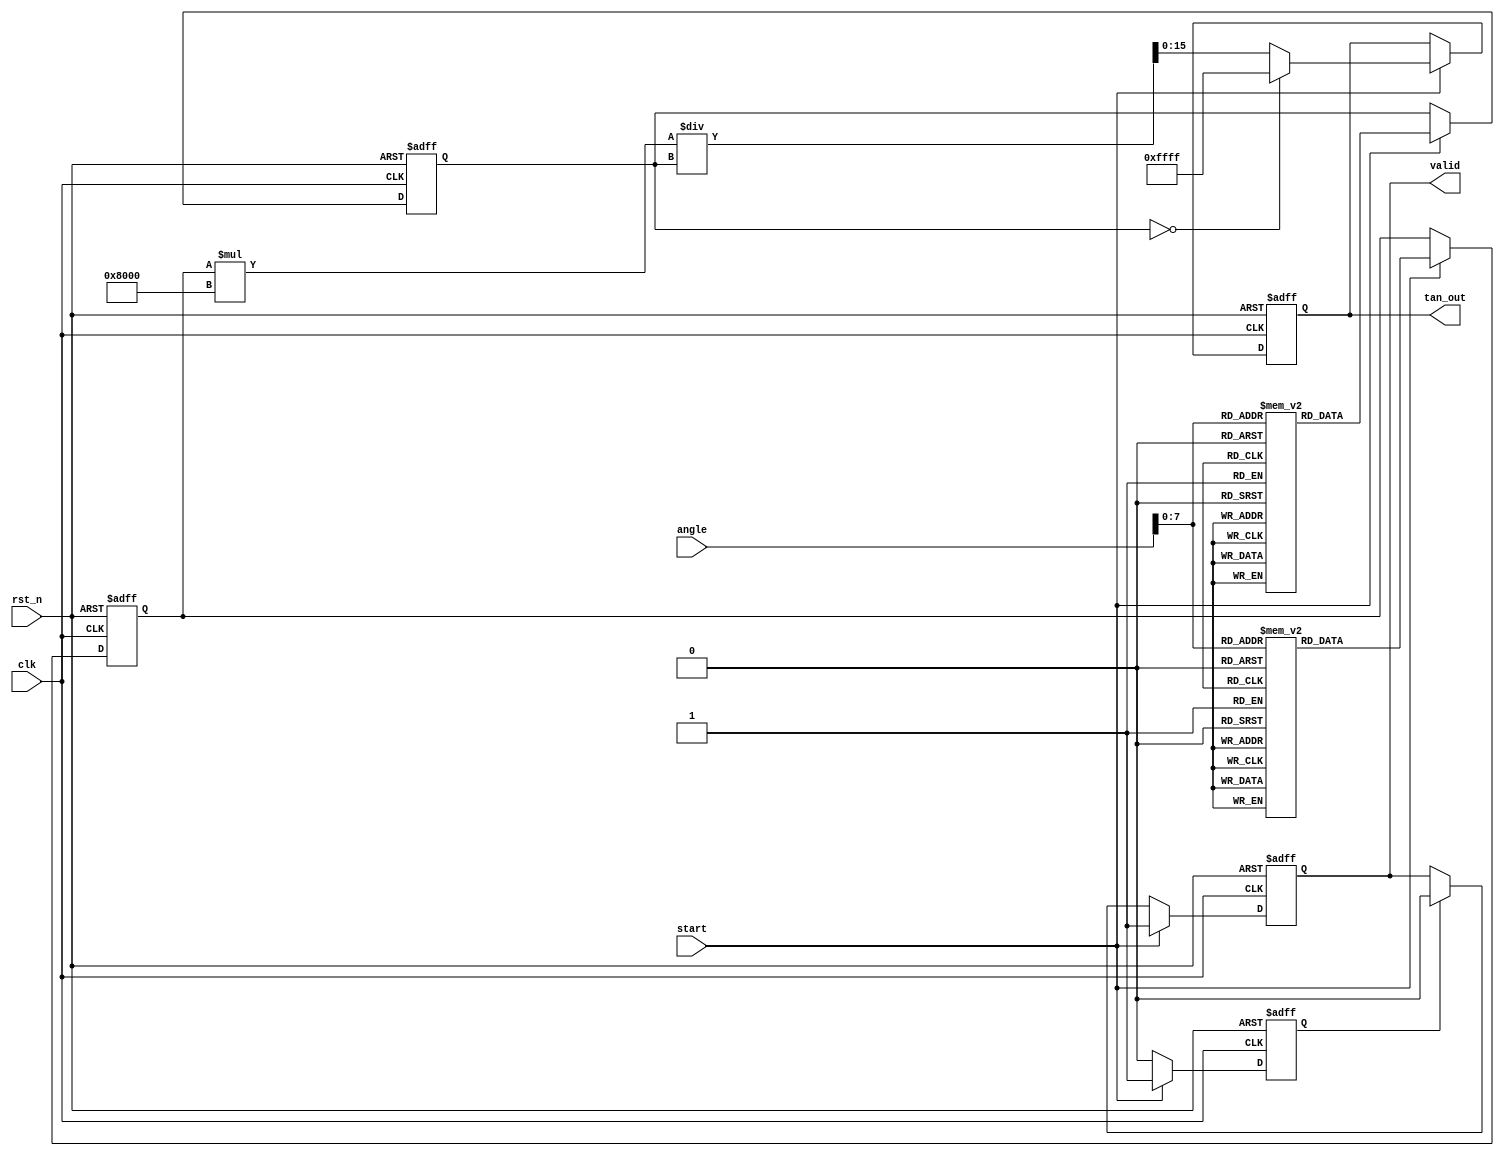
module tangent_block (
    input wire clk,
    input wire rst_n,
    input wire [15:0] angle, // Input angle in Q15 format
    input wire start,        // Signal to start computation
    output reg [15:0] tan_out, // Output tangent in Q15 format
    output reg valid         // Output valid flag
);

// Internal signals
reg [15:0] sine_value;
reg [15:0] cosine_value;
wire [15:0] division_result;
wire div_by_zero;
reg computing;

// Sine and Cosine Lookup Tables (for Q15 format)
reg [15:0] sine_lut [0:255]; // Example LUT size, could be adjusted
reg [15:0] cosine_lut [0:255];

// Initialize sine and cosine lookup tables
initial begin
    // Populate the sine_lut and cosine_lut with precomputed values
    // Example values for sine and cosine (in Q15 format)
    // sine_lut[0] = 0; cosine_lut[0] = 32767; // for angle = 0
    // Populate more values for different angles.
end

// Sine and Cosine calculation based on LUT
always @(posedge clk or negedge rst_n) begin
    if (!rst_n) begin
        sine_value <= 16'b0;
        cosine_value <= 16'b0;
    end else if (start) begin
        // Map input angle to LUT index (assuming angle is in [0, 2])
        // This is a simplified mapping; more precision can be implemented
        sine_value <= sine_lut[angle[7:0]];
        cosine_value <= cosine_lut[angle[7:0]];
    end
end

// Division Logic
assign div_by_zero = (cosine_value == 16'b0);
assign division_result = div_by_zero ? 16'hFFFF : (sine_value * 32768 / cosine_value); // Handling div by zero

// Output logic
always @(posedge clk or negedge rst_n) begin
    if (!rst_n) begin
        tan_out <= 16'b0;
        valid <= 1'b0;
        computing <= 1'b0;
    end else if (start) begin
        computing <= 1'b1;
        tan_out <= division_result;
        valid <= 1'b1; // Set output valid
    end else if (computing) begin
        computing <= 1'b0; // Reset computing flag
        valid <= 1'b0; // Reset output valid
    end
end

endmodule